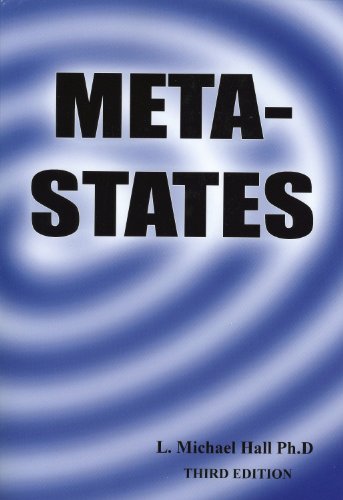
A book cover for Meta-States:MAstering the High Levels of Your Mind, Third Edition; L. Michael Hall; Self-Help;